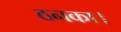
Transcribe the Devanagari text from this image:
ठनका।